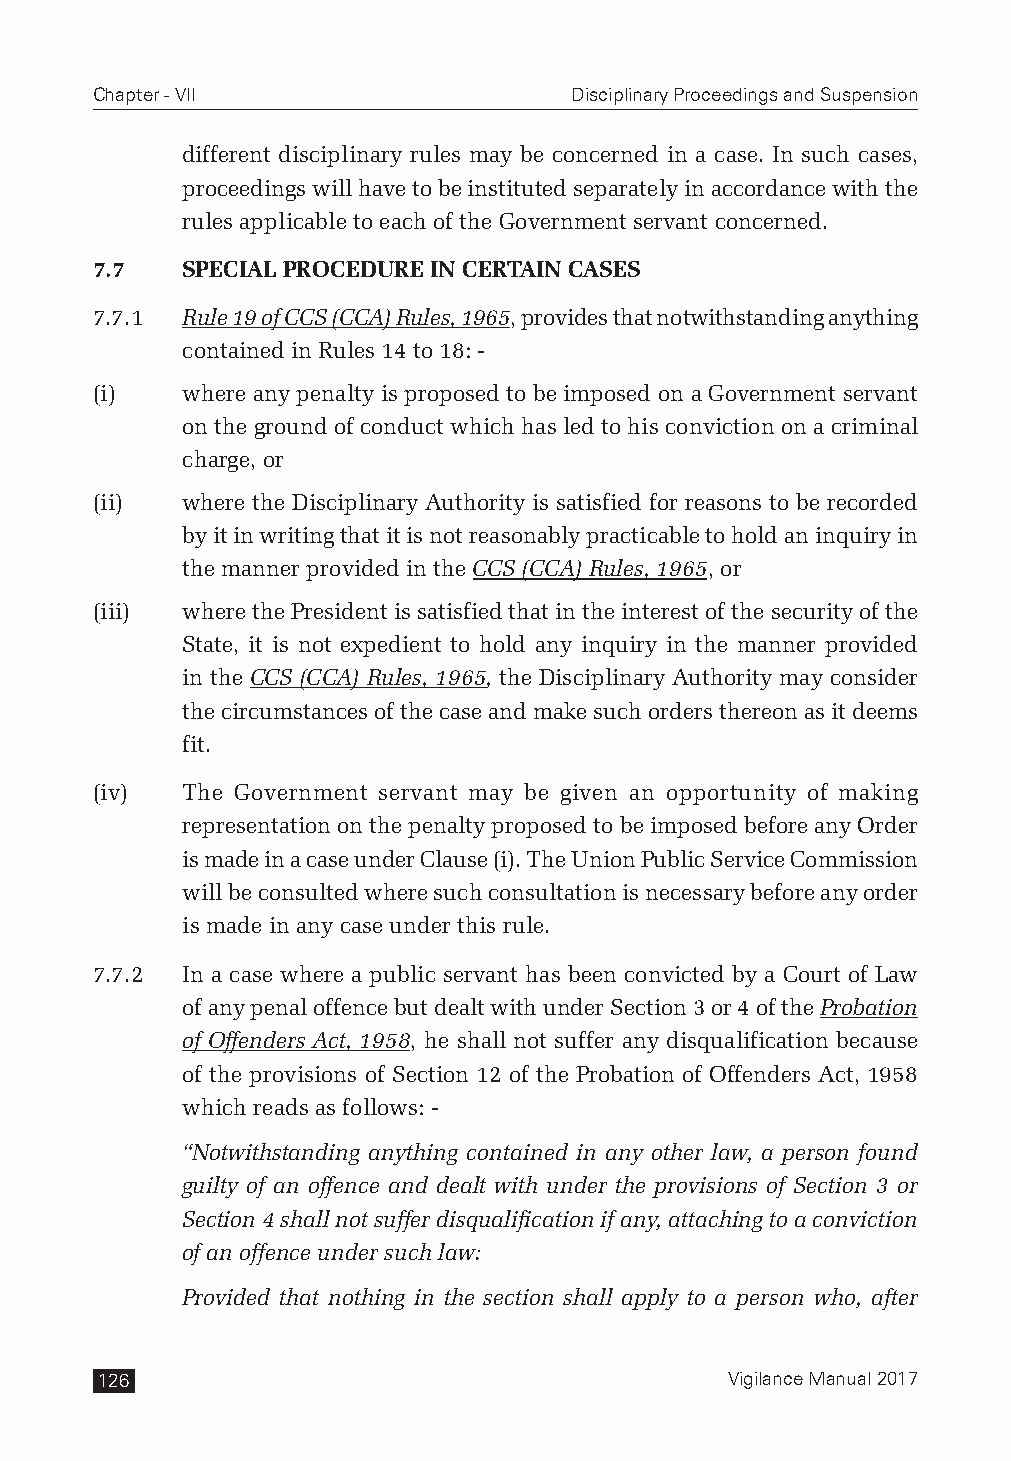
Chapter - VII                   Disciplinary Proceedings and Suspension
 different disciplinary rules may be concerned in a case. In such cases,
 proceedings will have to be instituted separately in accordance with the
 rules applicable to each of the Government servant concerned.
 7.7   SPECIAL PROCEDURE IN CERTAIN CASES
 7.7.1 Rule 19 of CCS (CCA) Rules, 1965, provides that notwithstanding anything
 contained in Rules 14 to 18: -
 (i)   where any penalty is proposed to be imposed on a Government servant
 on the ground of conduct which has led to his conviction on a criminal
 charge, or
 (ii)  where the Disciplinary Authority is satisfied for reasons to be recorded
 by it in writing that it is not reasonably practicable to hold an inquiry in
 the manner provided in the CCS (CCA) Rules, 1965, or
 (iii) where the President is satisfied that in the interest of the security of the
 State, it is not expedient to hold any inquiry in the manner provided
 in the CCS (CCA) Rules, 1965, the Disciplinary Authority may consider
 the circumstances of the case and make such orders thereon as it deems
 fit.
 (iv)  The Government servant may be given an opportunity of making
 representation on the penalty proposed to be imposed before any Order
 is made in a case under Clause (i). The Union Public Service Commission
 will be consulted where such consultation is necessary before any order
 is made in any case under this rule.
 7.7.2 In a case where a public servant has been convicted by a Court of Law
 of any penal offence but dealt with under Section 3 or 4 of the Probation
 of Offenders Act, 1958, he shall not suffer any disqualification because
 of the provisions of Section 12 of the Probation of Offenders Act, 1958
 which reads as follows: -
 “Notwithstanding anything contained in any other law, a person found
 guilty of an offence and dealt with under the provisions of Section 3 or
 Section 4 shall not suffer disqualification if any, attaching to a conviction
 of an offence under such law:
 Provided that nothing in the section shall apply to a person who, after
 126                                       Vigilance Manual 2017